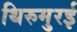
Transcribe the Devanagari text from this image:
थिरुमुरई